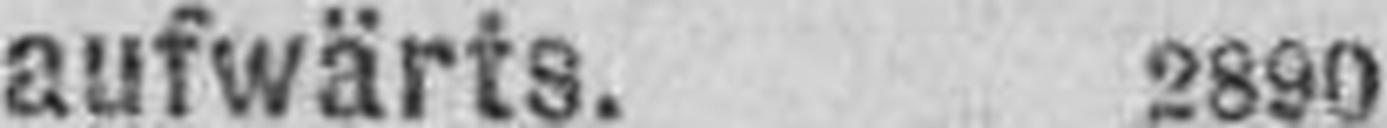
aufwärts. 2890